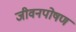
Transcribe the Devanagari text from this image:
जीवनपोषण